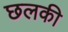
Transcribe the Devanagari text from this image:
छलकी